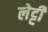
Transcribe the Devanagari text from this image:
लेट्टी